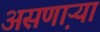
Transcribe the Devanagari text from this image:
असणा़ऱ्या